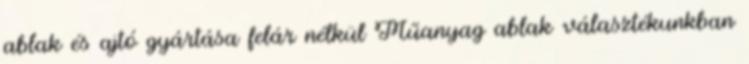
ablak és ajtó gyártása felár nélkül Műanyag ablak választékunkban